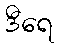
ဒီရေ